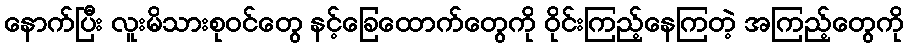
နောက်ပြီး လူးမိသားစုဝင်တွေ နင့်ခြေထောက်တွေကို ဝိုင်းကြည့်နေကြတဲ့ အကြည့်တွေကို